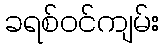
ခရစ်ဝင်ကျမ်း